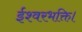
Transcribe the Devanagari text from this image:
ईश्वरभक्ति।